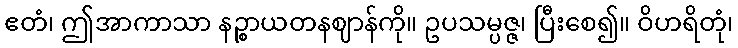
ဧတံ၊ ဤအာကာသာ နဉ္စာယတနဈာန်ကို။ ဥပသမ္ပဇ္ဇ၊ ပြီးစေ၍။ ဝိဟရိတုံ၊